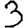
Digit: 3